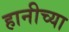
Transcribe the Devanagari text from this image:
हानीच्या